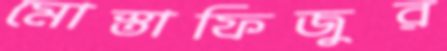
মোস্তাফিজুর